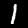
Digit: 1